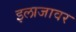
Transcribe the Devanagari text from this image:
इलाजावर